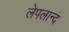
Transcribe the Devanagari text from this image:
लेपलान्द